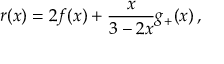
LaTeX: r ( x ) = 2 f ( x ) + \frac { x } { 3 - 2 x } g _ { + } ( x ) \, ,